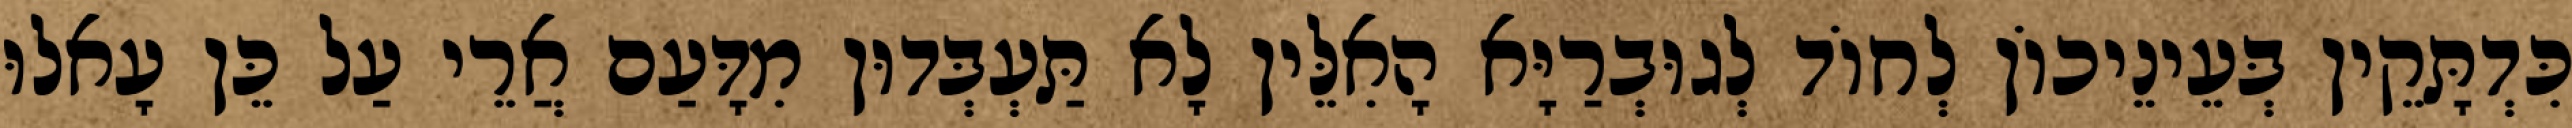
כִּדְתָּקֵין בְּעֵינֵיכוֹן לְחוֹד לְגוּבְרַיָּא הָאִלֵּין לָא תַּעְבְּדוּן מִדָּעַם אֲרֵי עַל כֵּן עָאלוּ